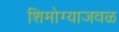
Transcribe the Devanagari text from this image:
शिमोग्याजवळ